Riigikantselei, lk 23
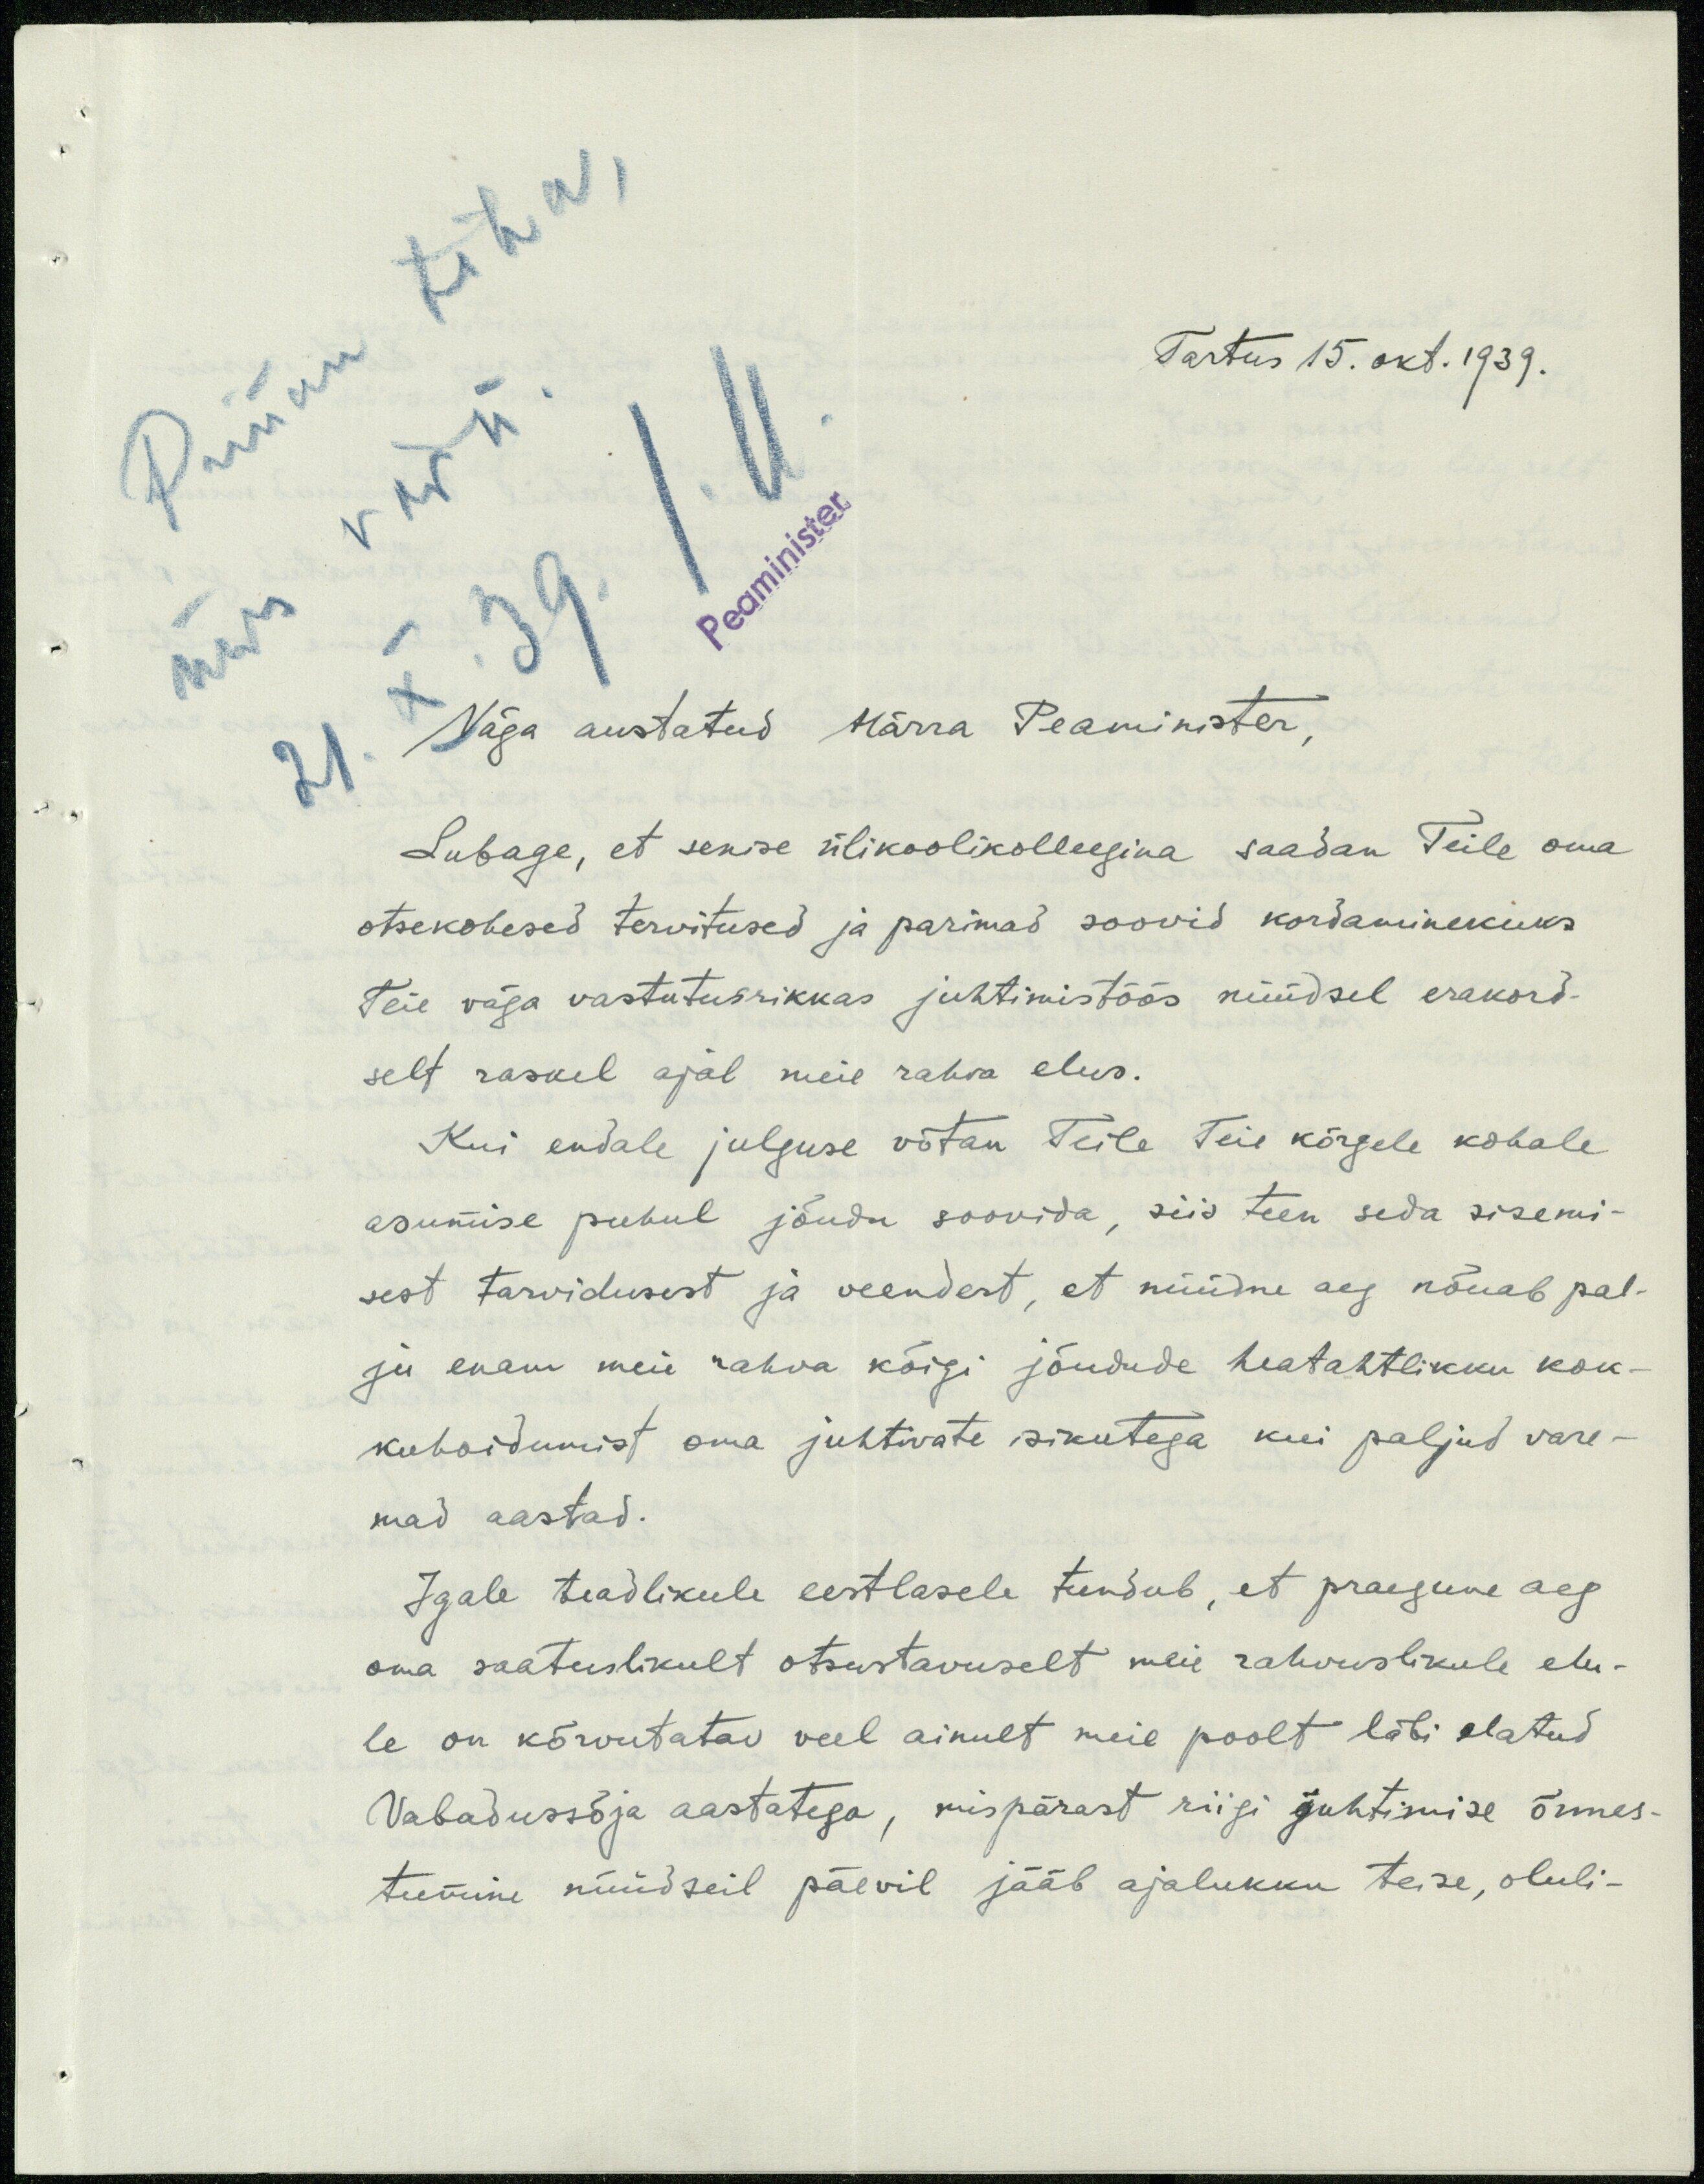
Tartus 15. okt. 1939.
Väga austatud Härra Peaminister.
Lubage, et senise ülikoolikolleegina saadan Teile oma
otsekohesed tervitused ja parimad soovid kordaminekuks.
Teie väga vastutusrikkas juhtimistöös nüüdsel erakord-
selt raskel ajal meie rahva elus.
Kui endale julguse võtan Teile Teie kõrgele kohale
asumise puhul jõudu soovida, siis teen seda sisemi-
sest tarvidusest ja veendest, et nüüdne aeg nõuab pal-
ju enam meie rahva kõigi jõudude heatahtlikku kok-
kuhoidumist oma juhtivate isikutega kui paljud vare-
mad aastad.
Igale teadlikule eestlasele tundub, et praegune aeg
oma saatuslikult otsustavuselt meie rahvuslikule elu-
le on kõrvutatav veel ainult meie poolt läbi elatud
Vabadussõja aastatega, mispärast riigi juhtimise õnnes-
tumine nüüdseil päevil jääb ajalukku teise, oluli-